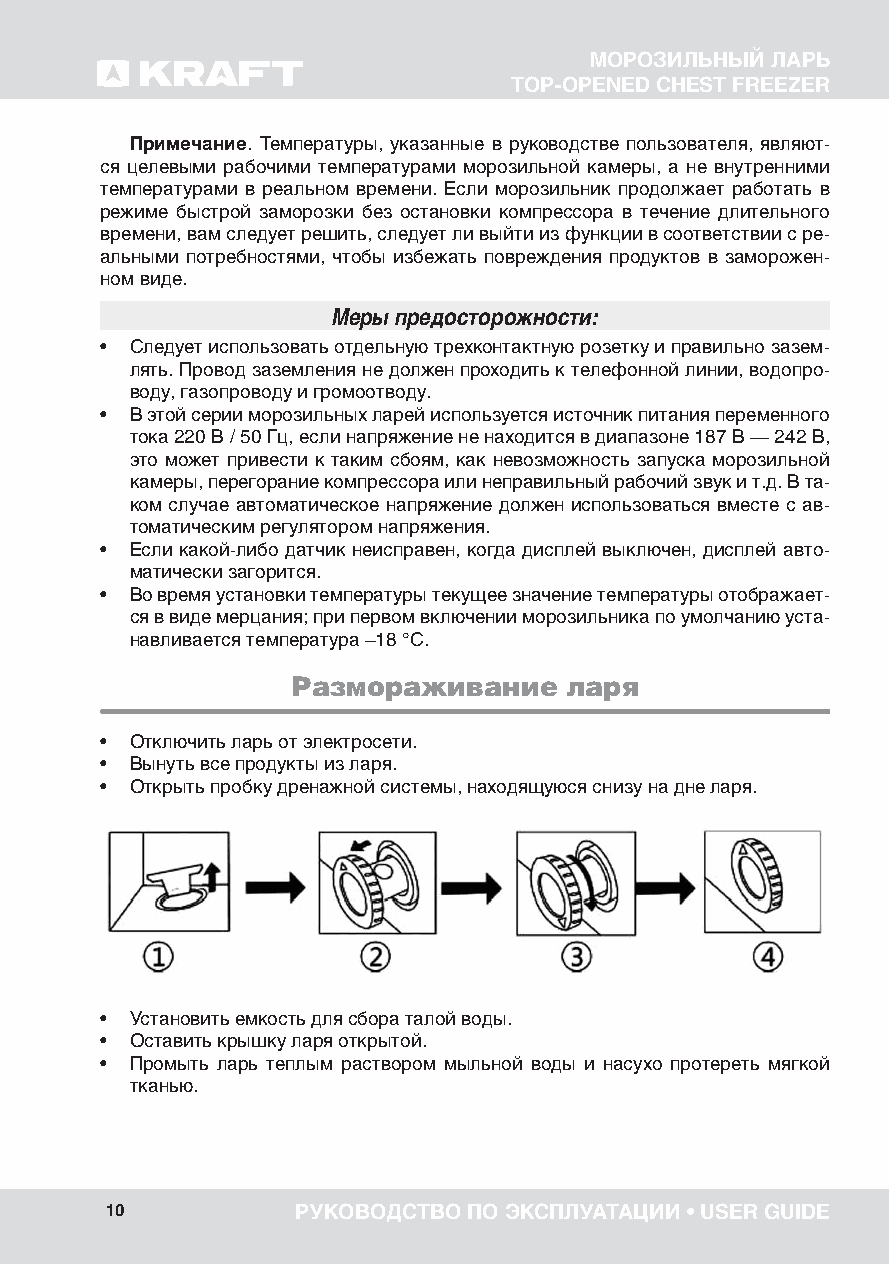
МОРОЗИЛЬНЫЙ ЛАРЬ
 TOP-OPENED CHEST FREEZER
 Примечание. Температуры, указанные в руководстве пользователя, являют-
 ся целевыми рабочими температурами морозильной камеры, а не внутренними
 температурами в реальном времени. Если морозильник продолжает работать в
 режиме быстрой заморозки без остановки компрессора в течение длительного
 времени, вам следует решить, следует ли выйти из функции в соответствии с ре-
 альными потребностями, чтобы избежать повреждения продуктов в заморожен-
 ном виде.
 меры предосторожности:
 • Следует использовать отдельную трехконтактную розетку и правильно зазем-
 лять. Провод заземления не должен проходить к телефонной линии, водопро-
 воду, газопроводу и громоотводу.
 • В этой серии морозильных ларей используется источник питания переменного
 тока 220 В / 50 Гц, если напряжение не находится в диапазоне 187 В — 242 В,
 это может привести к таким сбоям, как невозможность запуска морозильной
 камеры, перегорание компрессора или неправильный рабочий звук и т.д. В та-
 ком случае автоматическое напряжение должен использоваться вместе с ав-
 томатическим регулятором напряжения.
 • Если какой-либо датчик неисправен, когда дисплей выключен, дисплей авто-
 матически загорится.
 • Во время установки температуры текущее значение температуры отображает-
 ся в виде мерцания; при первом включении морозильника по умолчанию уста-
 навливается температура –18 °C.
 Размораживание     ларя
 • Отключить ларь от электросети.
 • Вынуть все продукты из ларя.
 • Открыть пробку дренажной системы, находящуюся снизу на дне ларя.
 • Установить емкость для сбора талой воды.
 • Оставить крышку ларя открытой.
 • Промыть ларь теплым раствором мыльной воды и насухо протереть мягкой
 тканью.
 10           РУКОВОДСТВО ПО ЭКСПЛУАТАЦИИ • USER GUIDE